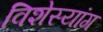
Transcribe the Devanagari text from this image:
विशेस्यांग